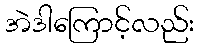
အဲဒါကြောင့်လည်း